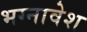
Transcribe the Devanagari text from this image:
भग्नावेश